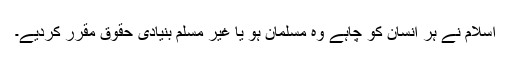
اسلام نے ہر انسان کو چاہے وہ مسلمان ہو یا غیر مسلم بنیادی حقوق مقرر کردیے۔